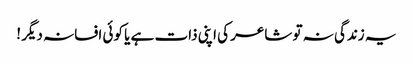
یہ زندگی نہ تو شاعر کی اپنی ذات ہے یا کوئی افسانہ دیگر !